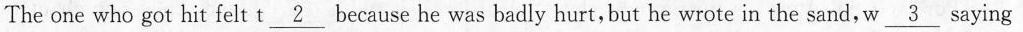
The one who got hit felt t \underline{2} because _he was badly hurt,but he wrote in the sand,w \underline{3} saying